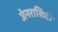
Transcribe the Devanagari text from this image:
जेनरासिटी